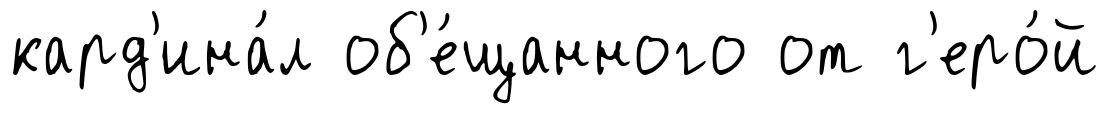
кард'ина́л об'е́щанного от г'еро́й